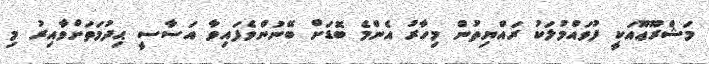
މަޝްރޫޢޫއަކީ ފުވައްމުލަކު ރައްޔިތުން މިހާރު އެންމެ ބޮޑަށް ބޭނުންވެފައިވާ އަސާސީ ޙިދުމަތަށްވާއިރު މި